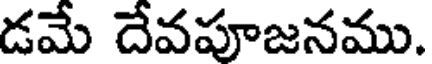
డమే దేవపూజనము.